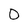
Character: 0